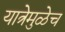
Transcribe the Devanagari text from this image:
यात्रेमुळेच